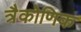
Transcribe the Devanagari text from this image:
त्रैकोणिक